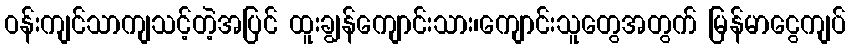
ဝန်းကျင်သာကျသင့်တဲ့အပြင် ထူးချွန်ကျောင်းသား၊ကျောင်းသူတွေအတွက် မြန်မာငွေကျပ်